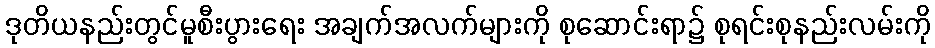
ဒုတိယနည်းတွင်မူစီးပွားရေး အချက်အလက်များကို စုဆောင်းရာ၌ စုရင်းစုနည်းလမ်းကို